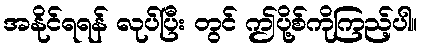
အနိုင်ရရန် လုပ်ပြီး တွင် ဤပို့စ်ကိုကြည့်ပါ။